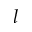
l